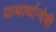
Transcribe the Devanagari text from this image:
याथार्थान्वेषी